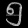
Digit: ၅